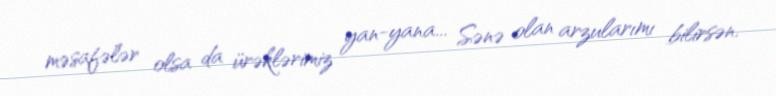
məsafələr olsa da ürəklərimiz yan-yana... Sənə olan arzularımı bilirsən.